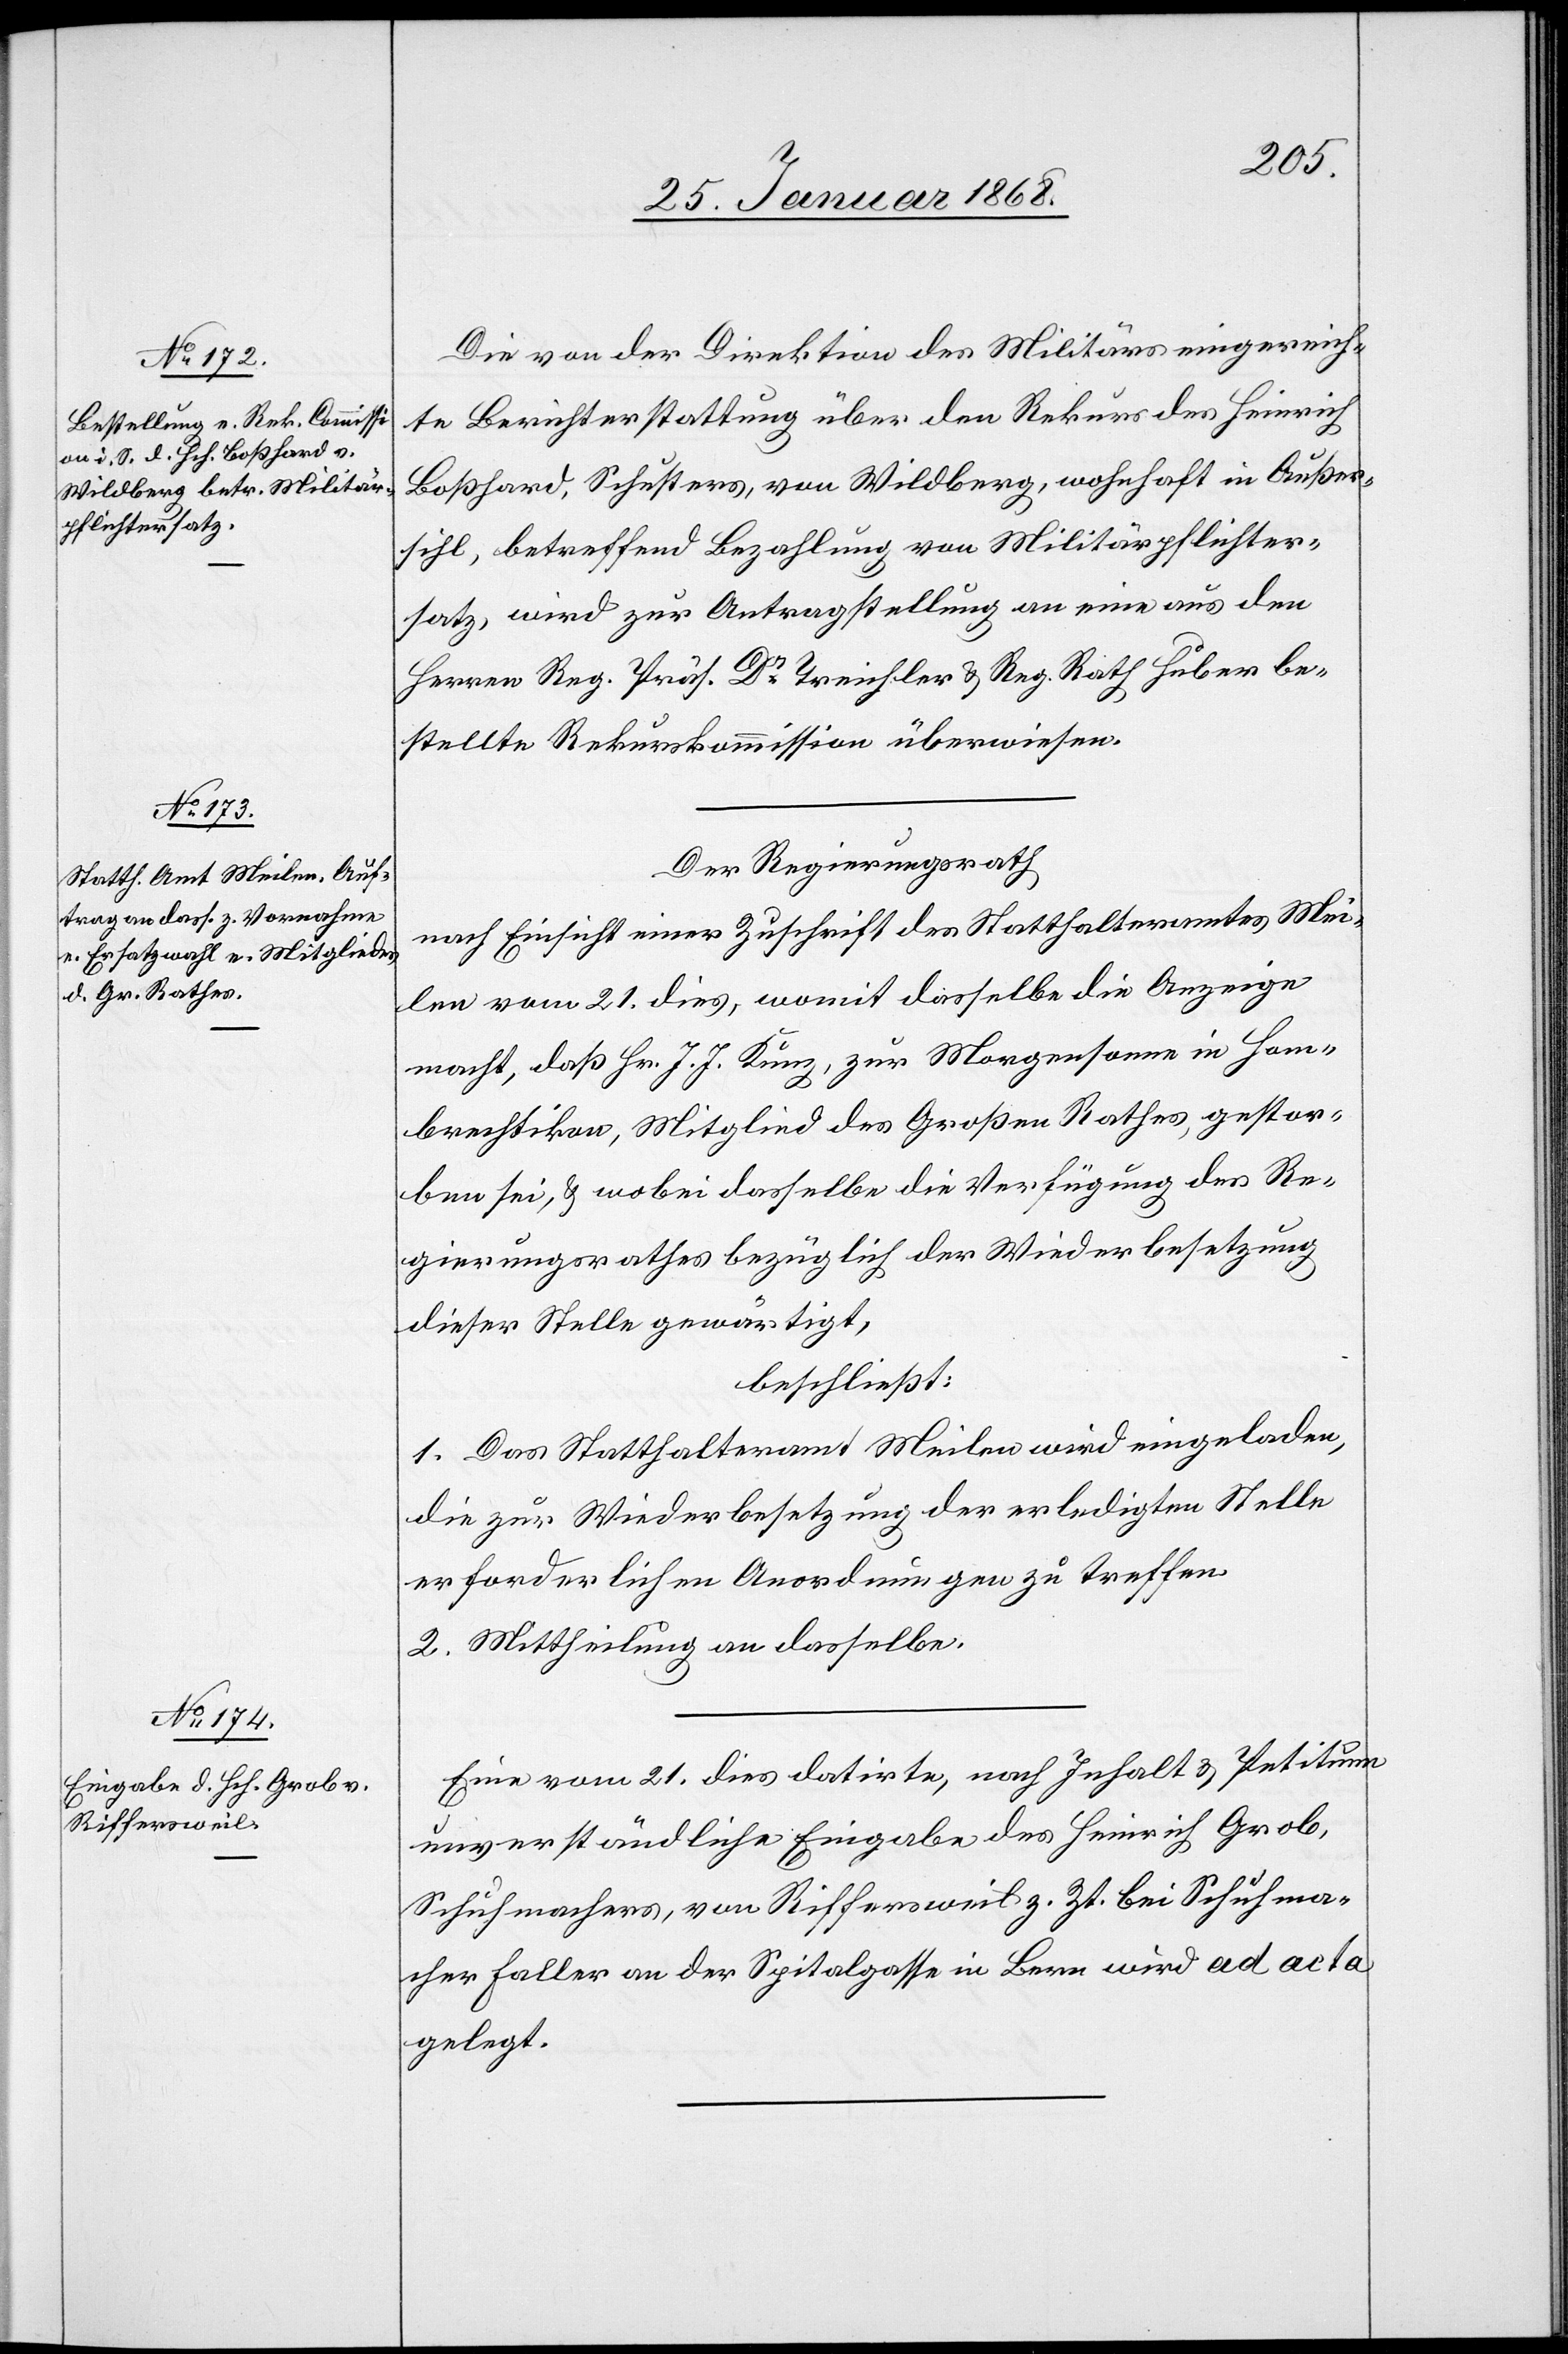
Die von der Direktion des Militärs eingereich¬
te Berichterstattung über den Rekurs des Heinrich
Boßhard, Schusters, von Wildberg, wohnhaft in Außer¬
sihl, betreffend Bezahlung von Militärpflichter¬
satz, wird zur Antragstellung an eine aus den
Herren Reg. Präs. Dr. Treichler & Reg. Rath Huber be¬
stellte Rekurskommisison überwiesen.
Der Regierungsrath
nach Einsicht einer Zuschrift des Statthalteramtes Mei¬
len vom 21. dies, womit dasselbe die Anzeige
macht, daß Hr. J. J. Kunz, zur Morgensonne in Hom¬
brechtikon, Mitglied des Großen Rathes, gestor¬
ben sei, & wobei dasselbe die Verfügung des Re¬
gierungsrathes bezüglich der Wiederbesetzung
dieser Stelle gewärtigt,
beschließt:
1. Das Statthalteramt Meilen wird eingeladen,
die zur Wiederbesetzung der erledigten Stelle
erforderlichen Anordnungen zu treffen.
2. Mittheilung an dasselbe.
Eine vom 21. dies datirte, nach Inhalt & Petitum
unverständliche Eingabe des Heinrich Grob,
Schuhmachers, von Riffersweil z. Zt. bei Schuhma¬
cher Faller an der Spitalgasse in Bern wird ad acta
gelegt.